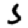
Digit: 5